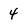
Character: 4